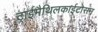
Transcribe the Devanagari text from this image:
ट्राईमैथिलकाईटोसन